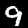
Label: 9